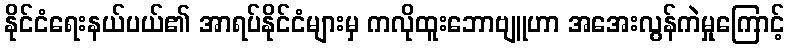
နိုင်ငံရေးနယ်ပယ်၏ အာရပ်နိုင်ငံများမှ ကလိုထူးဘောဗျူဟာ အအေးလွန်ကဲမှုကြောင့်